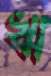
ঋ